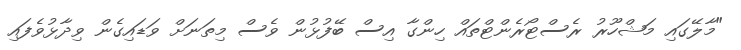
"މާލޭގައި މަޝްހޫރު ރެސްޓޯރެންޓްތައް ހިންގާ އިސް ބޭފުޅުން ވެސް މިތަނަށް ވަޑައިގެން ވިދާޅުވެފައި